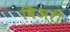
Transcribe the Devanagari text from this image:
विअरी